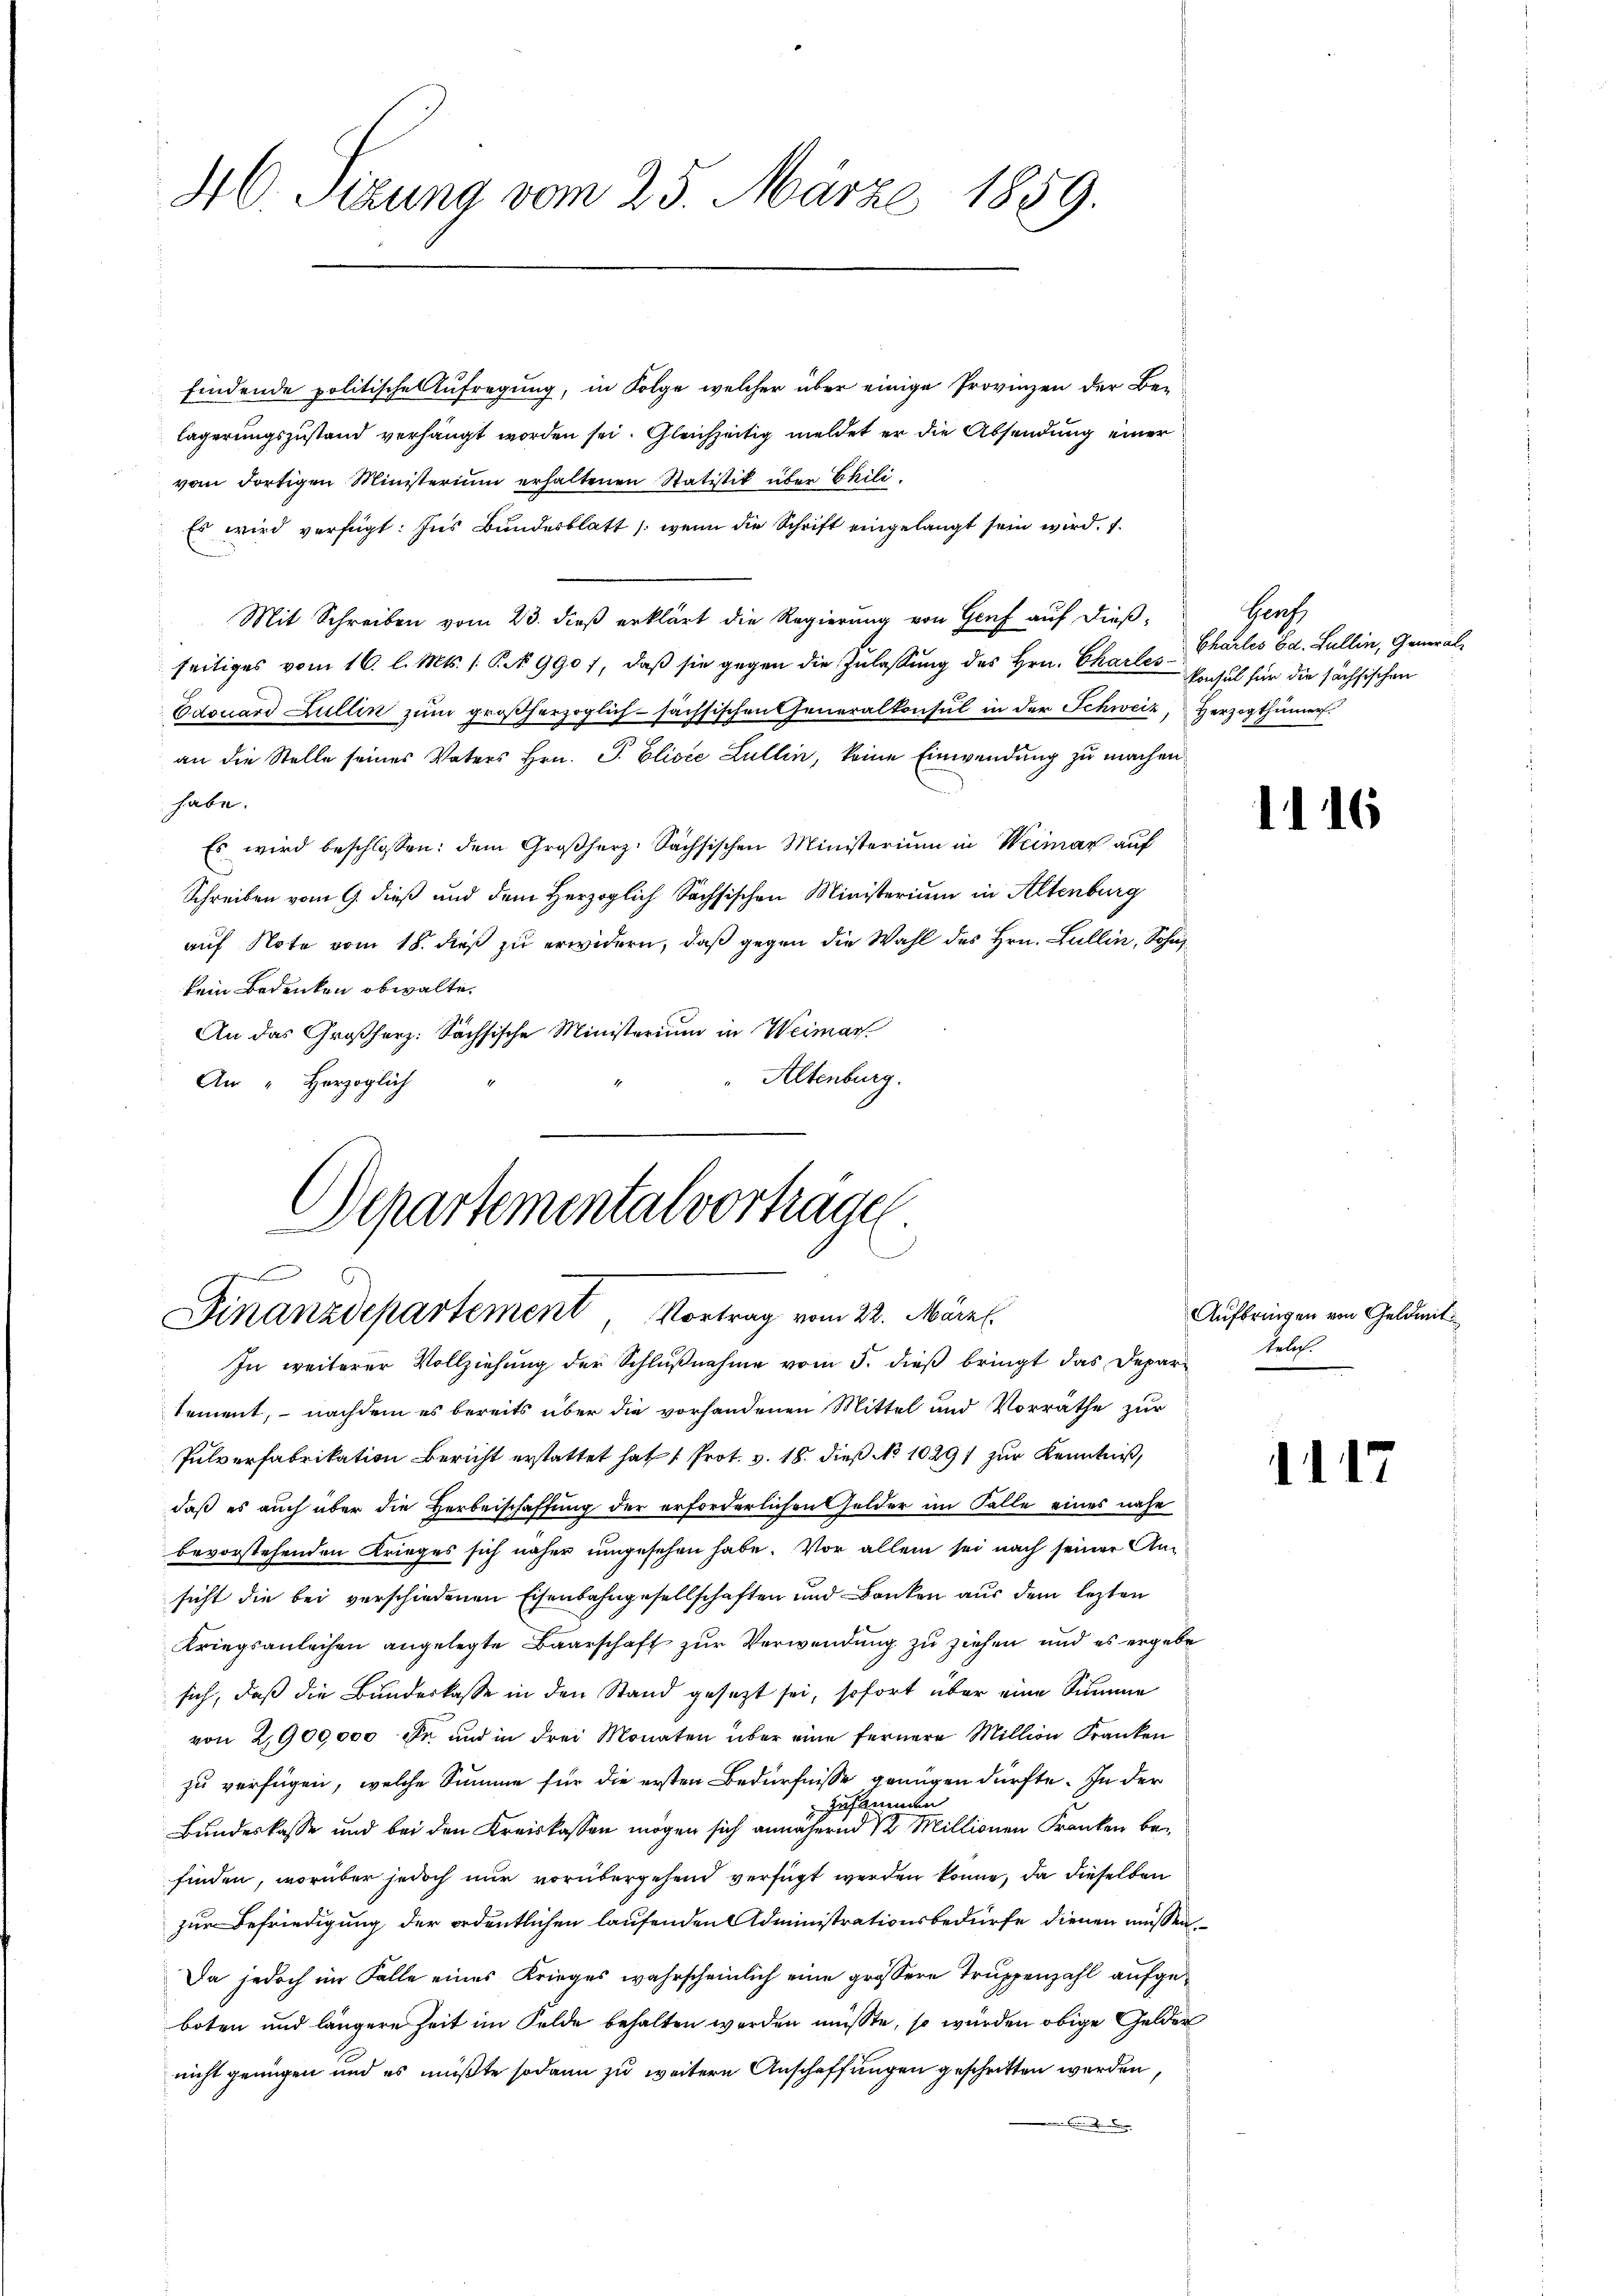
40. Sezung vom 25. März 1889.

findende politische Aufregung, in Folge welcher über einige Provinzen der Be-
lägerungszustand verhängt worden sei. Gleichzeitig meldet er die Absendung einer
vom dortigen Ministerium erhaltenen Statistik über Phili-
Es wird verfügt: Ins Bundesblatt /: wenn die Schrift eingelangt sein wird. I.
Mit Schreiben vom 23. dieß erklärt die Regierung von Genf auf dießseitiges vom 16. l. Mts. 1. P. Nr. 990 f, daß sie gegen die Zulassung des Hrn. Chailes Einsul für die sächsischen
Edouard Lullin zum großherzoglich sächsischen Generalkonsul in der Schweiz, Herzogthümer
an die Stelle seines Vaters Hrn. P. Elisée Lullin, keine Einwendung zu machen
habe.
Es wird beschlossen: dem Großherz. Sächsischen Ministerium in Weimar auf
Schreiben vom 9. dieß und dem Herzoglich Sachsischen Ministerium in Altenburg
auf Note vom 18. dieß zu erwidern, daß gegen die Wahl des Hrn. Lullin, Sohn
kein Bedenken obwalte.
An das Großherz: Sächsische Ministerium in Weimar.
Altenburg.
An " Herzoglich

Departemental vorhagen.
Finanzdepartement Vortrag vom 22. März l.
In weiterer Vollziehung der Schlŭβnahme vom 5. dieß bringt das Departele

tement, – nachdem es bereits über die vorhandenen Mittel und Vorräthe zur
Pulverfabrikation Bericht erstattet hat 1 Prot. v. 18. dieß No 10291 zur Kenntniß,
daß es auch über die Herbeischaffung der erforderlichen Gelder im Falle eines nahe
bevorstehenden Krieges sich näher umgesehen habe. Vor allem sei nach seiner Ansicht die bei verschiedenen Eisenbahngesellschaften und Banken aus dem lezten
Kriegsanleihen angelegte Baarschaft zur Verwendung zu ziehen, und es ergebe
sich, daß die Bundeskasse in den Stand gesezt sei, sofort über eine Summe
von 2,900,000 fn und in drei Monaten über eine fernere Million Franken
zu verfügen, welche Summe für die ersten Bedürfnisse genügen dürfte. In der
zusammen
Bundeskasse und bei den Kreiskassen mögen sich annähernd 12 Millionen Franken befinden, worüber jedoch nur vorübergehend verfügt werden könne, da dieselben
zur Befriedigung der ordentlichen laufenden Administrationsbedürfe dienen müssen,
Da jedoch im Falle eines Krieges wahrscheinlich eine grössere Truppenzahl aufgeboten und längere Zeit im Felde behalten werden müsste, so würden obige Gelder
nicht genügen und es mußte sodann zu weitere Anschaffungen geschritten werden,
 Eine

Graf
Charles Ed. Sullin, General¬

1116

Aufbringen von Geldmit¬

1117